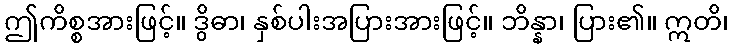
ဤကိစ္စအားဖြင့်။ ဒွိဓာ၊ နှစ်ပါးအပြားအားဖြင့်။ ဘိန္နာ၊ ပြား၏။ ဣတိ၊